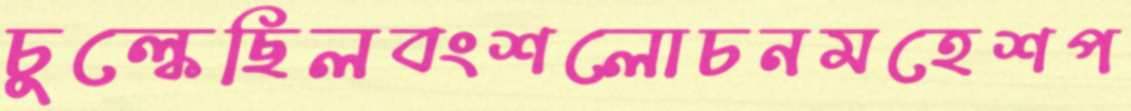
চুল্‌কেছিলবংশলোচনমহেশপ